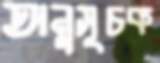
অনুসূচক